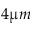
4 \upmu m